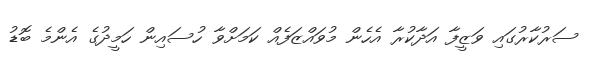
ސަރުކާރުގައި ވަޒީފާ އަދާކުރާ އެހެން މުވައްޒަފެއް ކަމަށްވާ ހުސައިން ހަމީދުގެ އެންމެ ބޮޑު